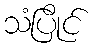
သံပြိုင်